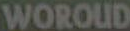
WOROUD